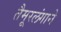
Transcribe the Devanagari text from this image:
तैमूरलंगाने